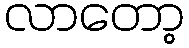
လာတော့